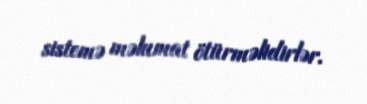
sistemə məlumat ötürməlidirlər.